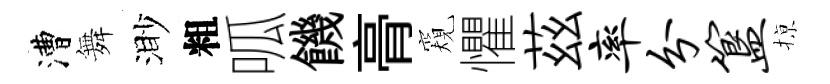
漕舞渺粗呱饑𮌔窺懼茲率分簋𢱊